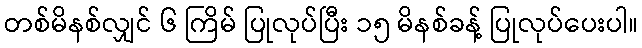
တစ်မိနစ်လျှင် ၆ ကြိမ် ပြုလုပ်ပြီး ၁၅ မိနစ်ခန့် ပြုလုပ်ပေးပါ။